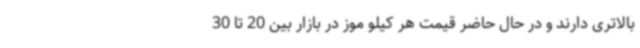
بالاتری دارند و در حال حاضر قیمت هر کیلو موز در بازار بین 20 تا 30